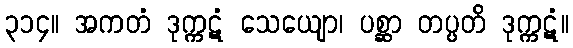
၃၁၄။ အကတံ ဒုက္ကဋံ သေယျော၊ ပစ္ဆာ တပ္ပတိ ဒုက္ကဋံ။